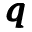
\pmb q